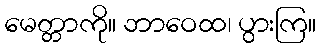
မေတ္တာကို။ ဘာဝေထ၊ ပွားကြ။